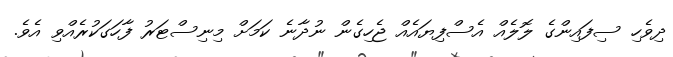
ދިވެހި ސިފައިންގެ ލޮލެއް އެސްފިޔައެއް ޖެހިގެން ނުދާނެ ކަމަށް މިނިސްޓަރު ފާހަގަކުރެއްވި އެވެ.